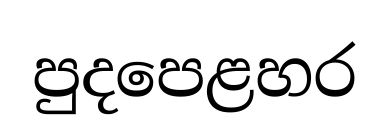
පුදපෙළහර